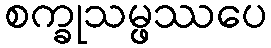
စက္ခုသမ္ဖဿပေ